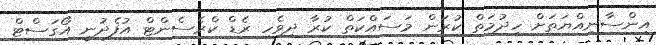
އިންސާނިއްޔަތަށް ހިދުމަތް ކުރަން މަސައްކަތް ކުރާ ދިވެހި ރެޑް ކްރެސެންޓް އުފެދުނީ އޯގަސްޓް